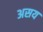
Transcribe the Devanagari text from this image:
असय